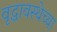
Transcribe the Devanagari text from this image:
वृद्धावस्थेच्या